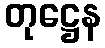
တုဋ္ဌေန